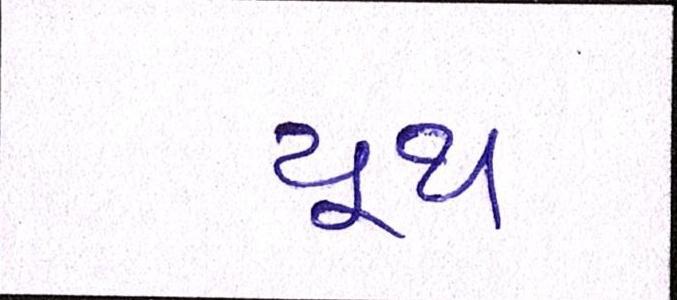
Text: યૂથ